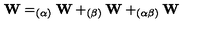
\mathbf { W } = _ { ( \alpha ) } \mathbf { W } + _ { ( \beta ) } \mathbf { W } + _ { ( \alpha \beta ) } \mathbf { W }